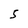
Character: 5